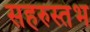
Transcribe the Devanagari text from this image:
सहरुस्तंभ